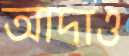
আদাও